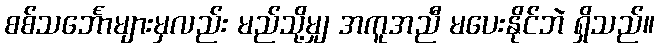
စစ်သင်္ဘောများမှလည်း မည်သို့မျှ အကူအညီ မပေးနိုင်ဘဲ ရှိသည်။